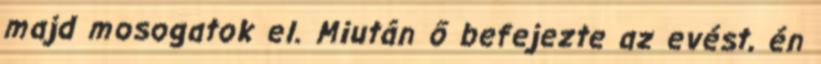
majd mosogatok el. Miután ő befejezte az evést, én